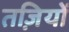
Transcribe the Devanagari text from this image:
तज़ियों